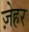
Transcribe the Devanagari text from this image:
ज़ेहर